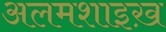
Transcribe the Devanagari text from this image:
अलमशाइख़